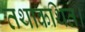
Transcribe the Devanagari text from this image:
तथाकथित।